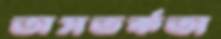
অসতর্কতা